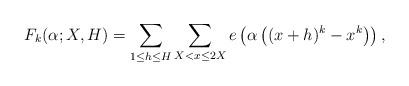
LaTeX: \begin{align*}F_k(\alpha;X,H)=\sum_{1\le h\le H}\sum_{X<x\le 2X}e\left( \alpha \left( (x+h)^k-x^k \right) \right),\end{align*}